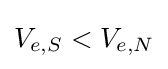
V_{e,S}<V_{e,N}